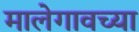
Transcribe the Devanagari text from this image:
मालेगावच्या